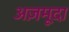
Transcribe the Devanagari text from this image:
अज़मूदा